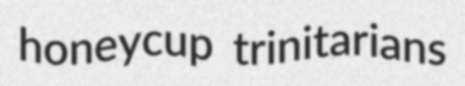
honeycup trinitarians